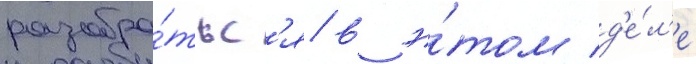
разобра́тьс'я в э́том д'е́л'е